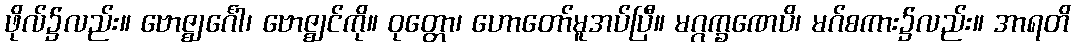
ဖိုလ်၌လည်း။ ဗောဇ္ဈင်္ဂေါ၊ ဗောဇ္ဈင်ကို။ ဝုတ္တော၊ ဟောတော်မူအပ်ပြီ။ မဂ္ဂက္ခဏေပိ၊ မဂ်စကား၌လည်း။ အာရတိ